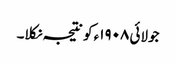
جولائی ١٩٠٨ء کو نتیجہ نکلا۔